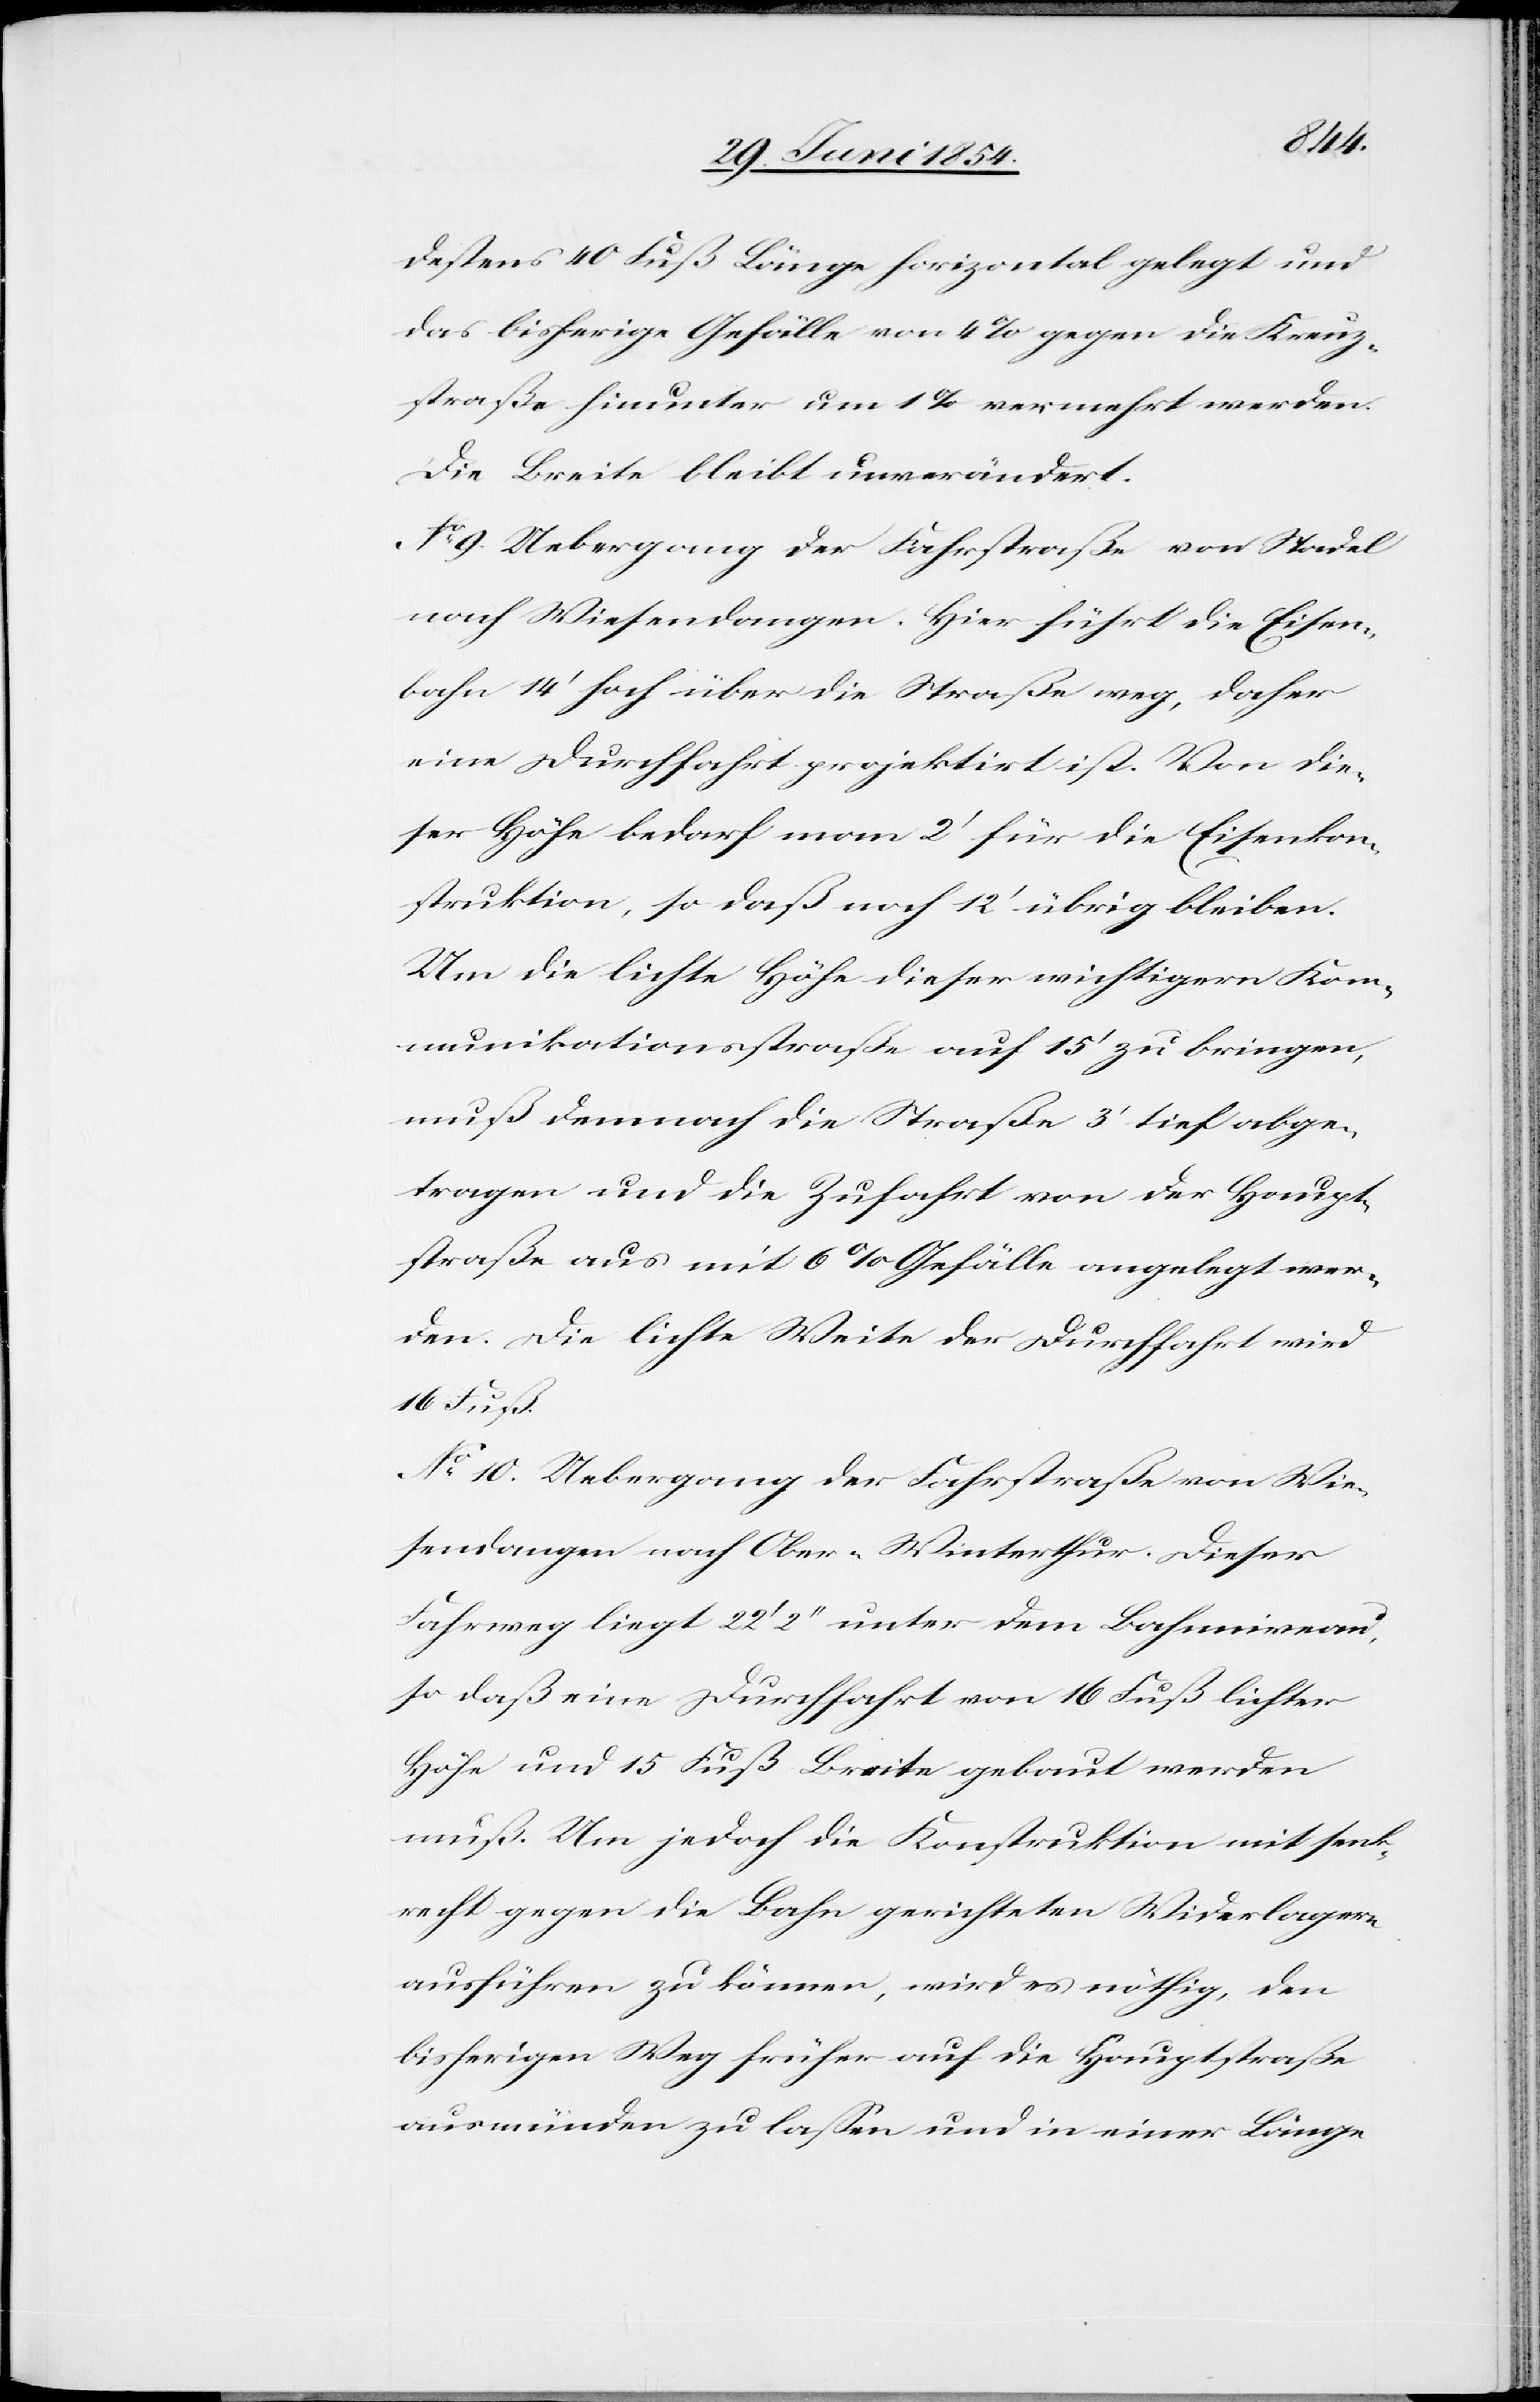
destens 40 Fuß Länge horizontal gelegt und
das bisherige Gefälle von 4 % gegen die Kreuz¬
straße hinunter um 1 % vermehrt werden.
Die Breite bleibt unverändert.
No 9. Uebergang der Fahrstraße von Stadel
nach Wiesendangen. Hier führt die Eisen¬
bahn 14‘ hoch über die Straße weg, daher
eine Durchfahrt projektirt ist. Von die¬
ser Höhe bedarf man 2‘ für die Eisenkon¬
struktion, so daß noch 12‘ übrig bleiben.
Um die lichte Höhe dieser wichtigern Kom¬
munikationsstraße auf 15‘ zu bringen,
muß demnach die Straße 3‘ tief abge¬
tragen und die Zufahrt von der Haupt¬
straße aus mit 6 % Gefälle angelegt wer¬
den. Die lichte Weite der Durchfahrt wird
16 Fuß.
No 10. Uebergang der Fahrstraße von Wie¬
sendangen nach Ober-Winterthur. Dieser
Fahrweg liegt 22‘ 2‘‘ unter dem Bahnniveau,
so daß eine Durchfahrt von 16 Fuß lichter
Höhe und 15 Fuß Breite gebaut werden
muß. Um jedoch die Konstruktion mit senk¬
recht gegen die Bahn gerichteten Widerlagern
ausführen zu könne, wird es nöthig, den
bisherigen Weg früher auf die Hauptstraße
ausmünden zu laßen und in einer Länge